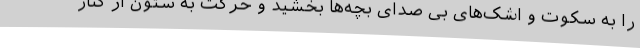
را به سکوت و اشک‌های بی صدای بچه‌ها بخشید و حرکت به ستون از کنار